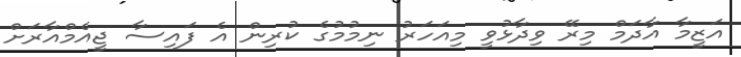
އަޒީމާ އާދަމް މިރޭ ވިދާޅުވީ މިއަހަރު ނިމުމުގެ ކުރިން އެ ފައިސާ ޖީއެމްއާރަށް